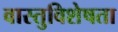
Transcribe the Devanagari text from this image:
वास्तुविशेषता